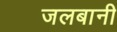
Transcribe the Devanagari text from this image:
जलबानी